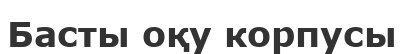
Басты оқу корпусы